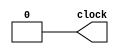
module os #(parameter delay=100)(output reg clock);

	initial begin
		clock = 0;
	end
	
	always
	begin
	#delay clock=1;
	#delay clock=0;
	end
endmodule